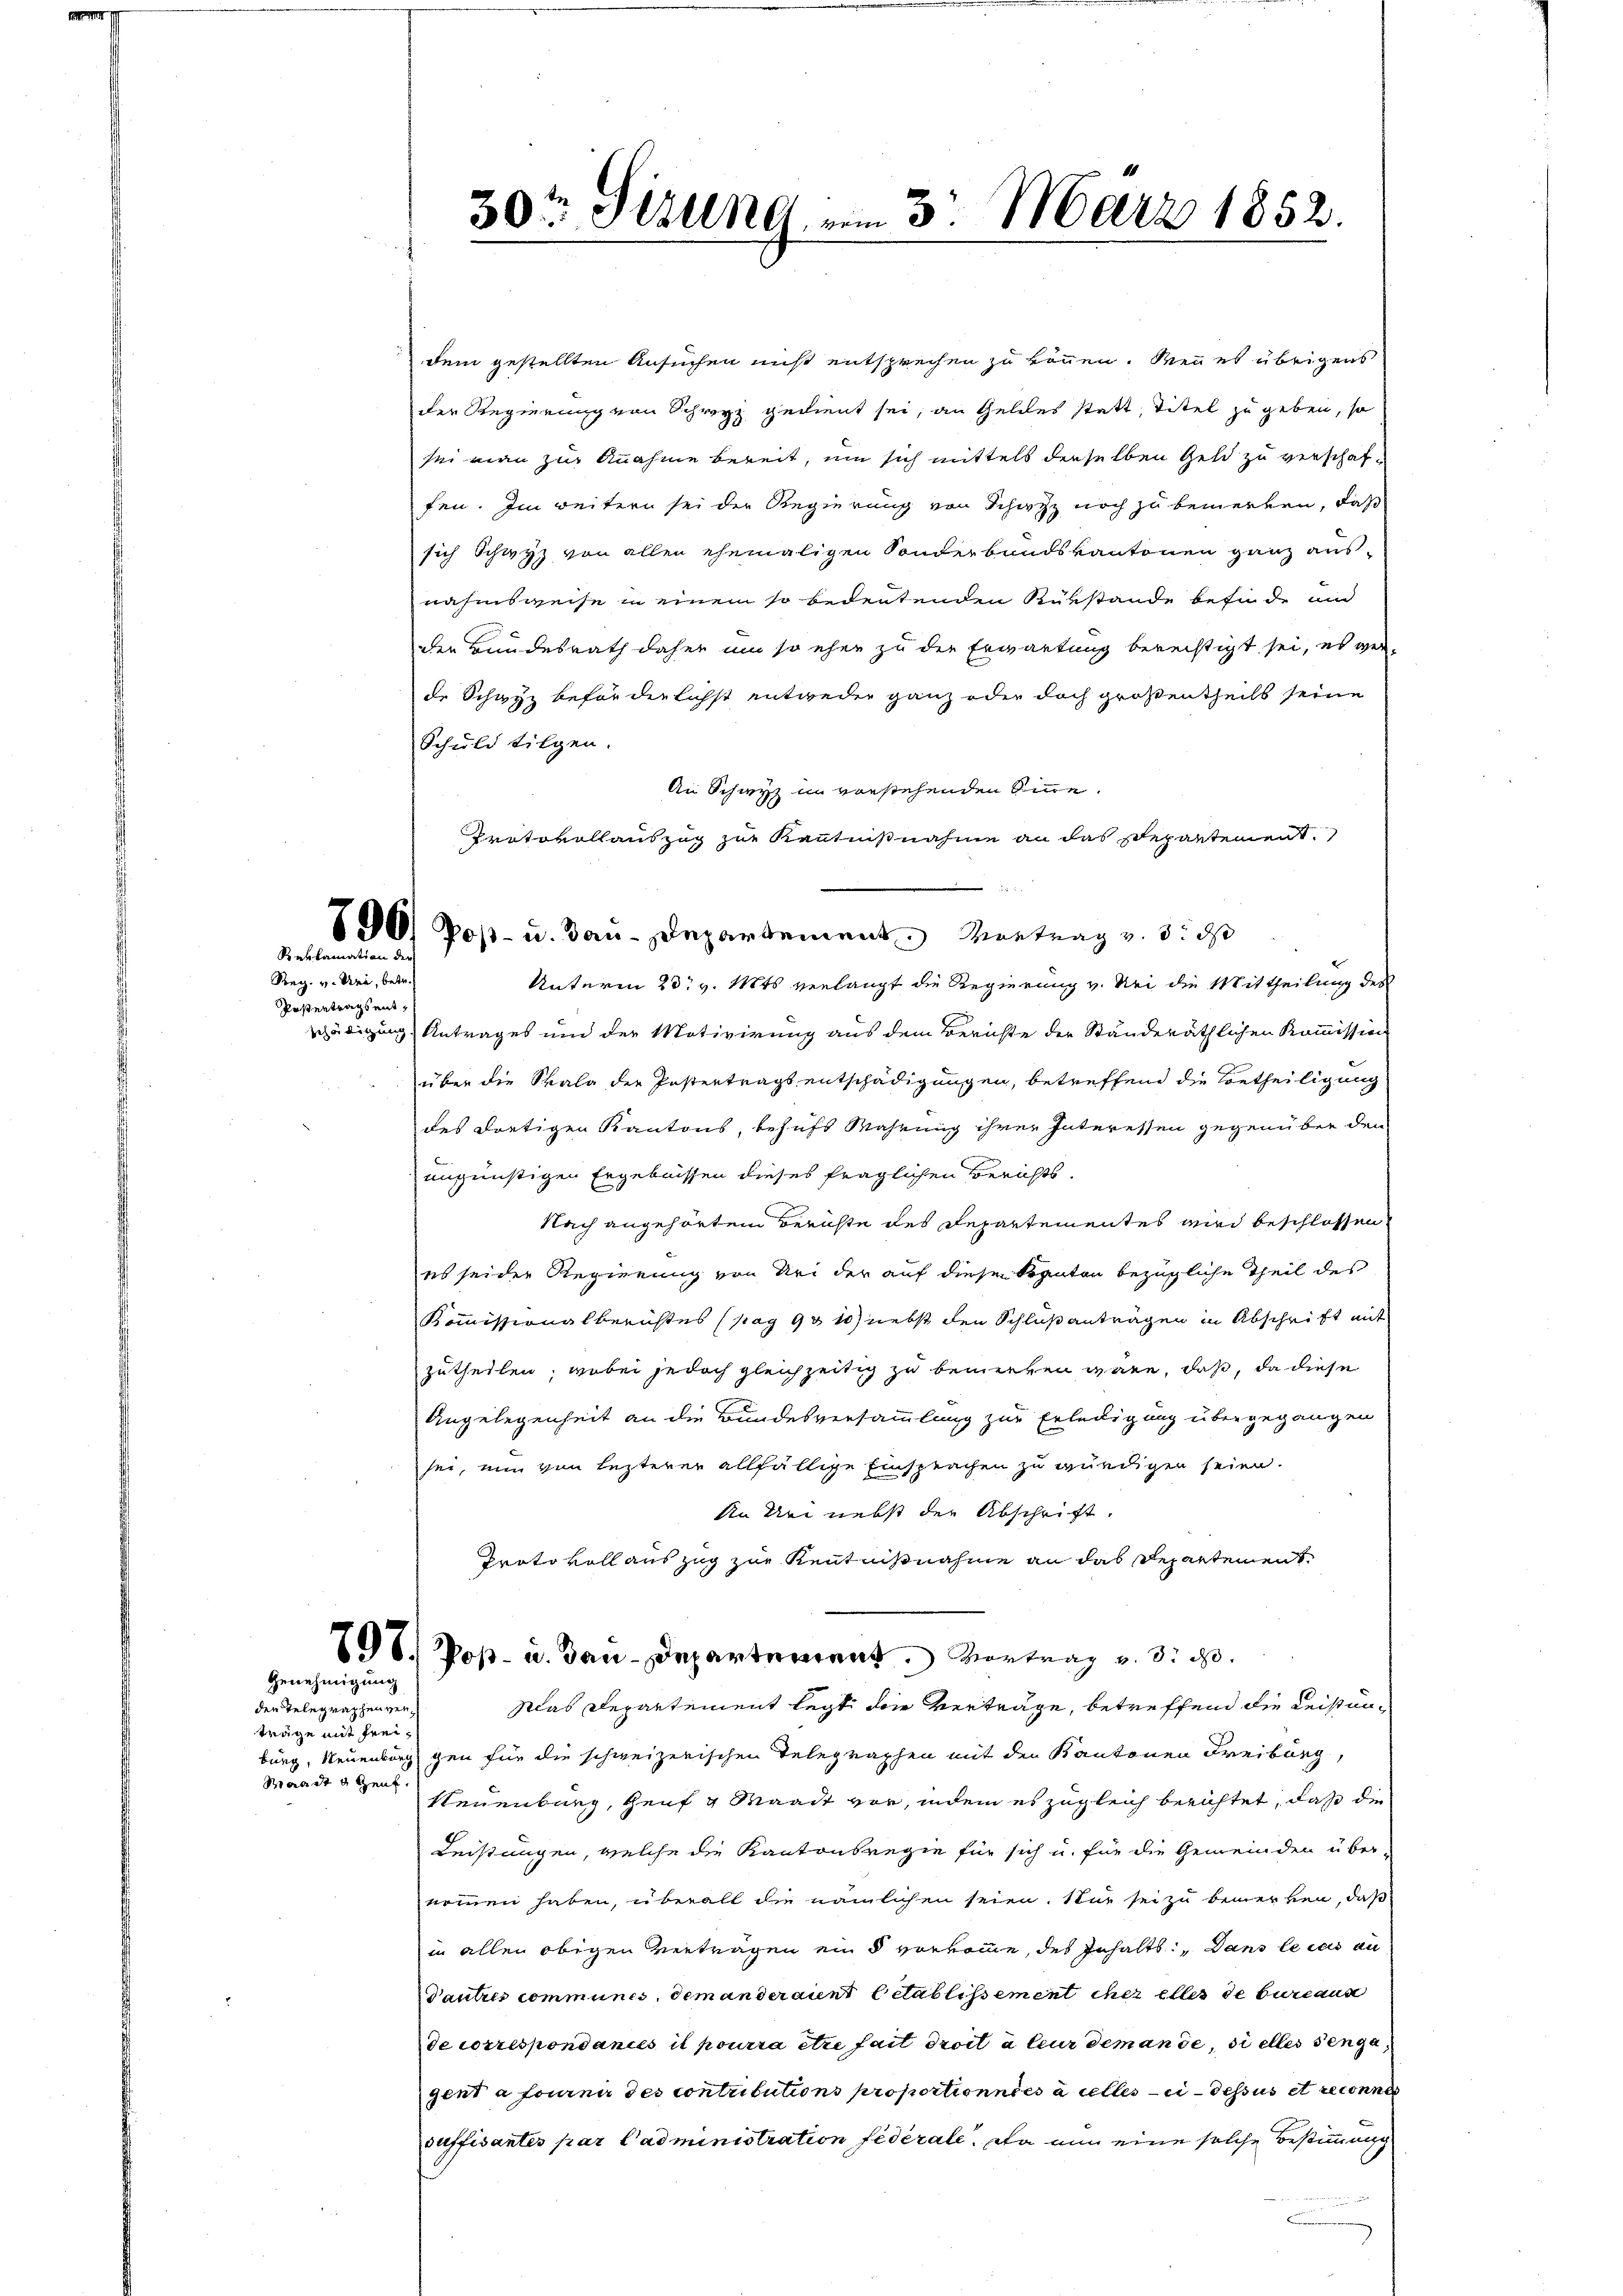
Reklamation der

Reg. v. Uri, betr.
Postentragsentschädigung

Genehmigung

den Telegraphenverträge mit Frei¬
Waadt u zent.

dem gestellten Ansuchen nicht entsprechen zu können. Wenn es übrigens
der Regierung von Schwyz gedient sei, an Geldes statt, Titel zu geben, so
sei man zur Annahme bereit, um sich mittels derselben Geld zu verschaffen. Im weitern sei der Regierung von Schutz noch zu bemerken, daß
sich Schwyz von allen ehemaligen Sonderbandskantonen ganz aus-
nahmsweise in einem so bedeutenden Rükstände befinde und
der Bundesrath daher um so eher zu der Erwartung berechtigt sei, es ver-
de Schwyz beförderlichst entweder ganz oder doch großentheils seine
Schuld tilgen.
An Schwyz im vorstehenden Sinne.
Protokollauszug zur Kenntnißnahme an das Departement.
Unterm 28t v. Mts verlangt die Regierung v. Sei die Mittheilung des
Antrages und der Motivirung aus dem Berichte der Ständeräthlichen Kommission
über die Skala der Postertragsentschädigungen, betreffend die Betheiligung
des dortigen Kantons, behufs Wahrung ihrer Interessen gegenüber den
ungünstigen Ergebnissen dieses fraglichen Berichts¬
Nach angehörtem Berichte des Departementes wird beschlossen
es seider Regierung von Sei der auf dieser Kanton bezügliche Theil des
Kommissionalberichtes (sag 90 1) nebst den Schlußantragen in Abschrift mit
zutheilen; wobei jedoch gleichzeitig zu bemerken wäre, daß, da diese
Angelegenheit an die Bundesversammlung zur Erledigung übergegangen
sei, nun von lezterer allfällige Einsprachen zu würdigen seien.
An Uri nebst der Abschrift.
Prato voll auszug zur Kenntnißnahme an das Departement
798. Post- u. Bau-Departement. Vortrag v. 3. d.
Was Departement legt die Verträge, betreffend die Leistunburg, Neuenburg gen für die schweizerischen Telegraphen mit den Kantonen Freiburg,
Neuenburg, Genf g Waadt vor, indem es zugleich berichtet, daß die
Leistungen, welche die Kantonsregie für sich u. für die Gemeinden über-
nomen haben, überall die nämlichen seien. Nur sei zu bemerken, daß
in allen obigen Verträgen ein § vorkomme, des Inhalts: „Dans le cas au
Vautres communis, dem anderaient letablissement eher elles de bureaus
decorrespondances il pourra être fait droit à leur dem ande, si elles den ga
gent à fournir des contributions proportionnées alles in dessus et reconnes
suffisantes par l’administration fidérale. Da nun eine solche Bestimmung

30ten Sizung vom 3. März 1852.

70) Post- u. Bau-Departement. Vortrag v. 3. ds